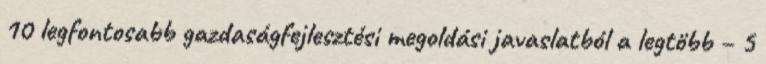
10 legfontosabb gazdaságfejlesztési megoldási javaslatból a legtöbb – 5